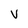
Character: v